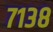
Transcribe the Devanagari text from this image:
७१३८